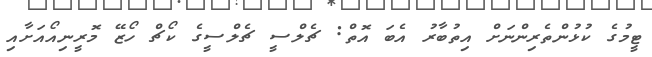
ޓީމުގެ ކުޅުންތެރިންނަށް އިތުބާރު އެބަ އޮތް: ޗެލްސީ ޗެލްސީގެ ކޯޗް ހޯޒޭ މޮރީނިއޯއަށާއި